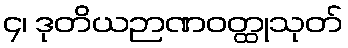
၄၊ ဒုတိယဉာဏဝတ္ထုသုတ်